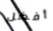
أفضل